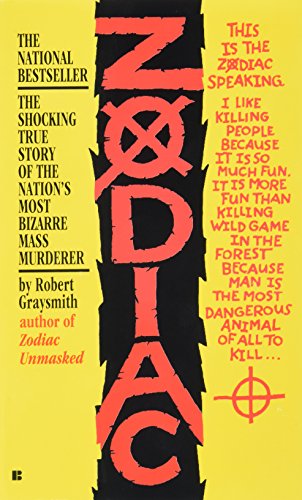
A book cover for Zodiac; Robert Graysmith; Biographies & Memoirs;